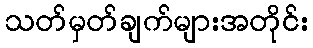
သတ်မှတ်ချက်များအတိုင်း